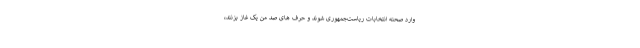
وارد صحنه انتخابات ریاست‌جمهوری شوند و حرف های صد من یک غاز بزنند،